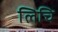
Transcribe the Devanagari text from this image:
लिचि